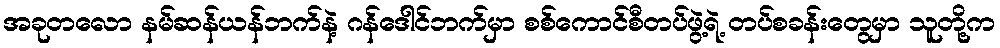
အခုတလော နမ်ဆန်ယန်ဘက်နဲ့ ဂန်ဒေါင်ဘက်မှာ စစ်ကောင်စီတပ်ဖွဲ့ရဲ့ တပ်စခန်းတွေမှာ သူတို့က